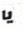
يا